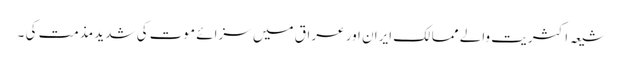
شیعہ اکثریت والے ممالک ایران اور عراق میں سزائے موت کی شدید مذمت کی ۔